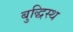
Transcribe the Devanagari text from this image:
बुद्धिस्थ